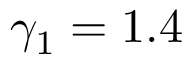
\gamma _ { 1 } = 1 . 4